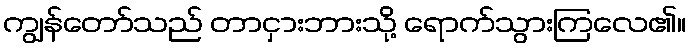
ကျွန်တော်သည် တာငှားဘားသို့ ရောက်သွားကြလေ၏။